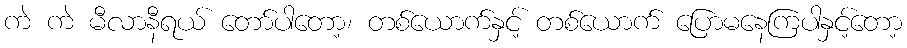
ကဲ ကဲ မီလာနီရယ် တော်ပါတော့၊ တစ်ယောက်နှင့် တစ်ယောက် ပြောမနေကြပါနှင့်တော့